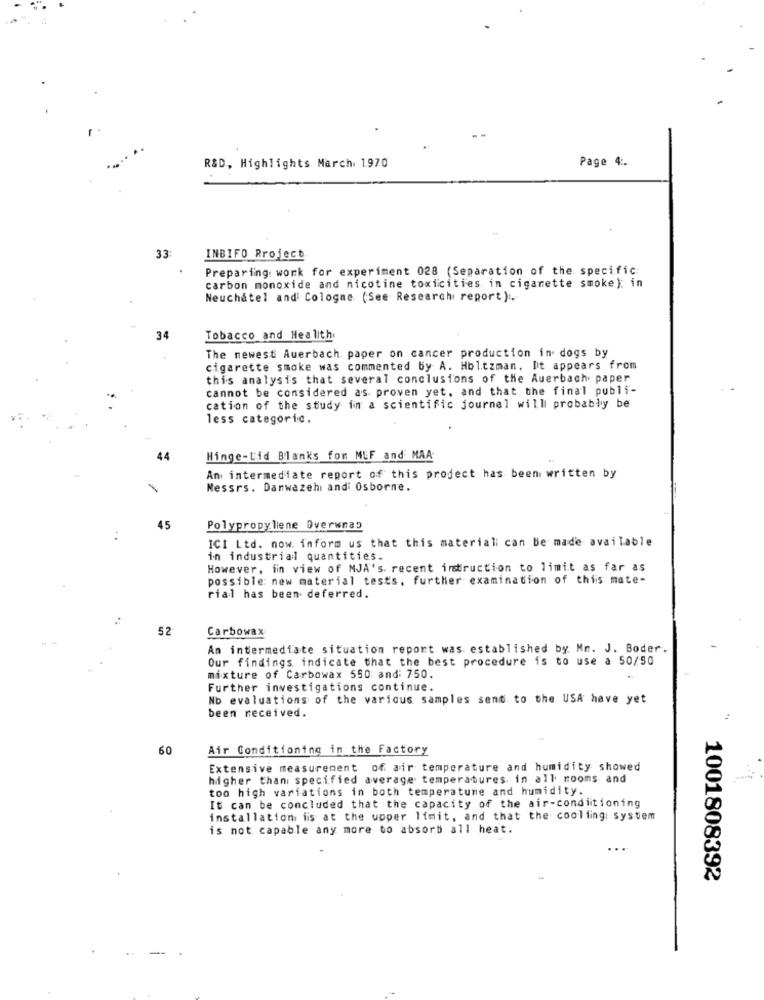
Page 4 :.
R&D, Highlights March 1970
33:
INBIFO Project
Preparing work for experiment 028 (Separation of the specific
carbon monoxide and nicotine toxiicities in cigarette smoke): in
Neuchatel and Cologne (See Research report).
34
Tobacco and Health.
The newest Auerbach paper on cancer production in dogs by
cigarette smoke was commented by A. Holtzman. It appears from
this analysis that several conclusions of the Auerbach paper
cannot be considered as proven yet, and that the final publi-
cation of the study in a scientific journel will probably be
less categoric.
44
Hinge-Lid Blanks fon MLF and MAA
An intermediate report of this project has been written by
Messrs. Danwazehi and Osborne.
45
Polypropylene Overwnap
ICI Ltd. now. inform us that this materiali can be made available
in industrial quantities.
However, iin view of MJA's. recent instruction to limit as far as
possible new material tests, further examination of this mate-
rial has been deferred.
52
Carbowax
An intermediate situation report was established by Mm. J. Boder.
Our findings indicate that the best procedure is to use a 50/50
mixture of Carbowax 550 and: 750.
Further investigations continue.
No evaluations of the various samples sent to the USA have yet
been received.
60
Air Conditioning in the Factory
Extensive measurement of air temperature and humidity showed
higher than specified average temperatures. in all rooms and
too high variations in both temperatume and humidity.
It can be concluded that the capacity of the air-conditioning
installation is at the upper limit, and that the coollingi system
is not capable any more to absorb all heat.
1001808392